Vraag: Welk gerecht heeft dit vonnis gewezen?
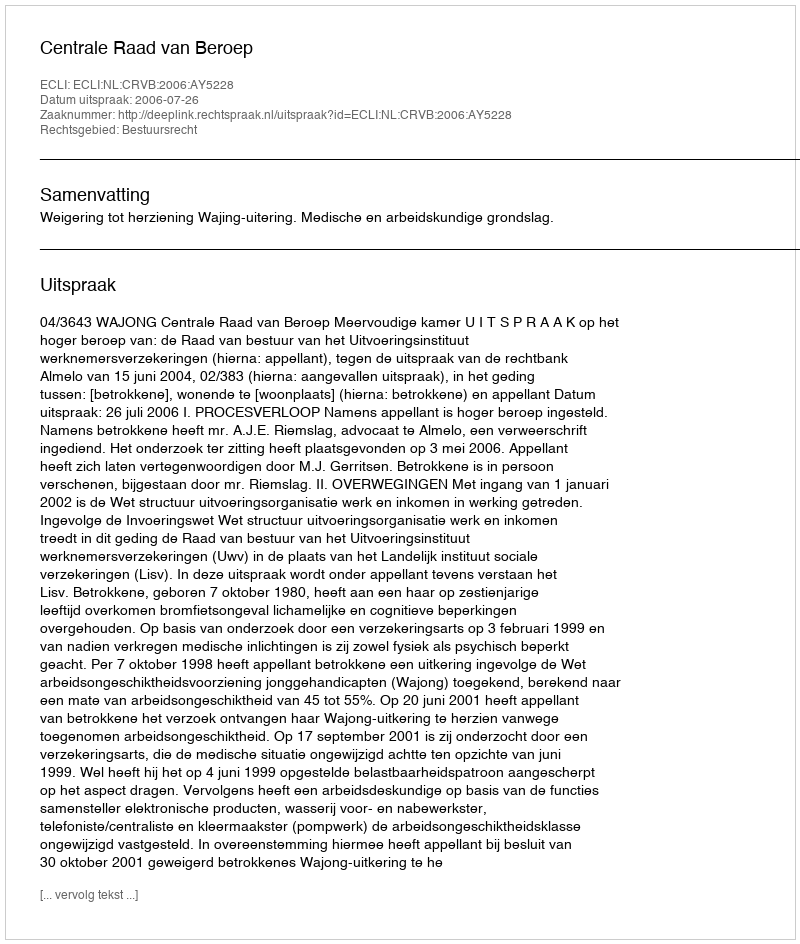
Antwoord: Centrale Raad van Beroep